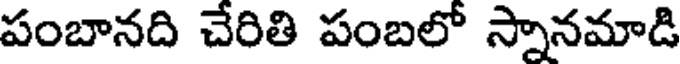
పంబానది చేరితి పంబలో స్నానమాడి